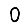
Digit: 0